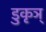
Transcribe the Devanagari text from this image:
डुकृञ्